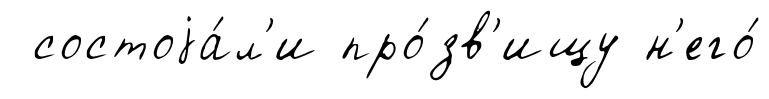
состоjа́л'и про́зв'ищу н'его́